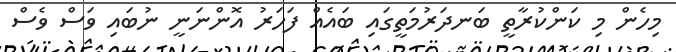
މިހެން މި ކަންކުރާތީ ބަނދަރުމަތީގައި ބައެއް ފަހަރު އޮންނަނީ ނުބައި ވަސް ވެސް